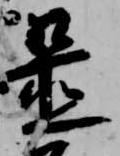
置